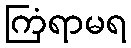
ကြံရာမရ